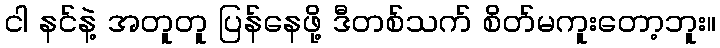
ငါ နင်နဲ့ အတူတူ ပြန်နေဖို့ ဒီတစ်သက် စိတ်မကူးတော့ဘူး။